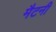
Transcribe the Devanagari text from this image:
मैटनी